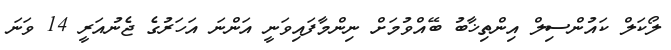
ލޯކަލް ކައުންސިލް އިންތިޚާބު ބޭއްވުމަށް ނިންމާފައިވަނީ އަންނަ އަހަރުގެ ޖެނުއަރީ 14 ވަނަ